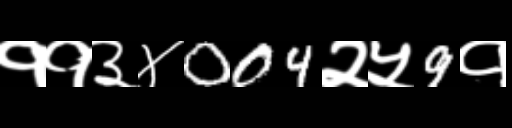
Text: ११३४004२५9१